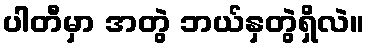
ပါတီမှာ အတွဲ ဘယ်နှတွဲရှိလဲ။